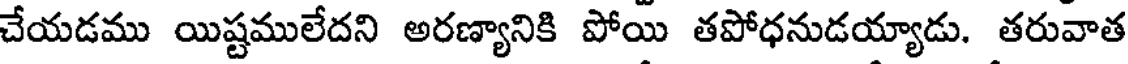
చేయడము యిష్టములేదని అరణ్యానికి పోయి తపోధనుడయ్యాడు. తరువాత